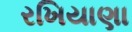
રખિયાણા